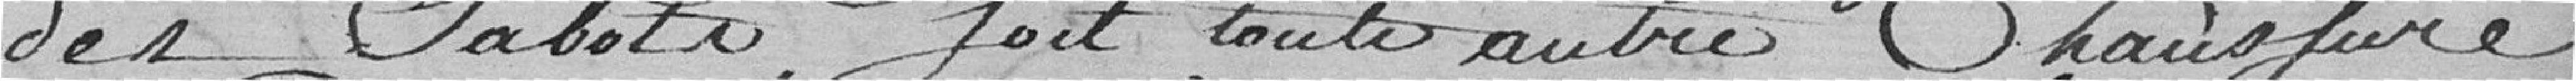
des Sabots, soit tous autres chaussures